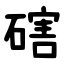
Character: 磍